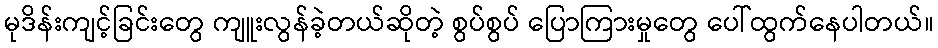
မုဒိန်းကျင့်ခြင်းတွေ ကျူးလွန်ခဲ့တယ်ဆိုတဲ့ စွပ်စွပ် ပြောကြားမှုတွေ ပေါ်ထွက်နေပါတယ်။